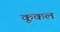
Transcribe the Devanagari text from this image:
कूकल